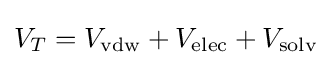
V_{T}=V_{\text{vdw}}+V_{\text{elec}}+V_{\text{solv}}